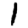
Digit: 1